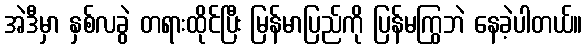
အဲဒီမှာ နှစ်လခွဲ တရားထိုင်ပြီး မြန်မာပြည်ကို ပြန်မကြွဘဲ နေခဲ့ပါတယ်။